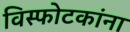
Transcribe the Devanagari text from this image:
विस्फोटकांना